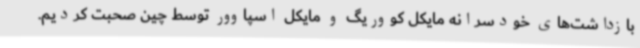
بازداشت‌های خودسرانه مایکل کووریگ و مایکل اسپاوور توسط چین صحبت کردیم.